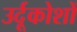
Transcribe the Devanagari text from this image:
उर्दूकोशों